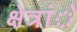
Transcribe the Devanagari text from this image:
क्षेत्रांे